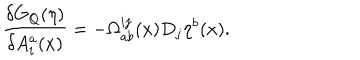
\frac { \delta G _ { Q } ( \eta ) } { \delta A _ { i } ^ { a } ( x ) } = - \Omega _ { a b } ^ { i j } ( x ) D _ { j } \eta ^ { b } ( x ) .